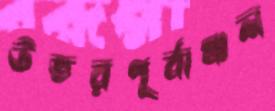
উত্তরপূর্বাঞ্চল